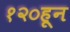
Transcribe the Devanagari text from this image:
१२०हून